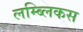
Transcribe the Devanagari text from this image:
लम्ब्लिकस